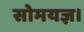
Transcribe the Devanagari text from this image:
सोमयज्ञ।